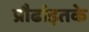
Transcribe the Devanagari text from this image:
प्रौढांइतके